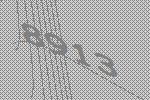
8913